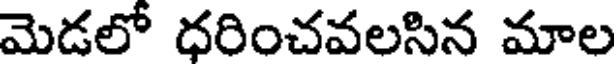
మెడలో ధరించవలసిన మాల